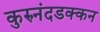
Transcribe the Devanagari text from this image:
कुरुनंदडक्कन